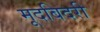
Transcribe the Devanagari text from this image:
मूदबिदरी